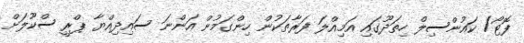
ފޮޓޯ/ ކައުންސިލް ހިތަދޫޫގައި އަމިއްލަ ފަރާތަކުން ހިންގަމުން އަންނަ ސައިދިއްޔާ ޕްރީ ސްކޫލަށް